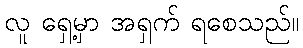
လူ ရှေ့မှာ အရှက် ရစေသည်။